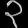
Digit: ၃